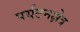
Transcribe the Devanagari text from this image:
पर्यटनक्षेत्र